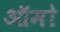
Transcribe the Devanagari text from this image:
ऑमो